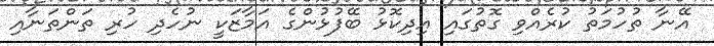
އޭނާ ތުހުމަތު ކުރެއްވި ގޮތުގައި އިދިކޮޅު ބޭފުޅުންގެ އަމާޒަކީ ނުހެދި ހުރި ތަންތަނާއި